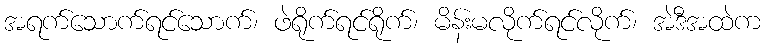
အရက်သောက်ရင်သောက်၊ ဖဲရိုက်ရင်ရိုက်၊ မိန်းမလိုက်ရင်လိုက်၊ အဲဒီအထဲက